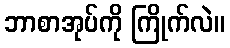
ဘာစာအုပ်ကို ကြိုက်လဲ။